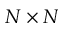
N \times N